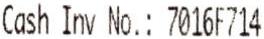
CASH INV NO.: 7016F714